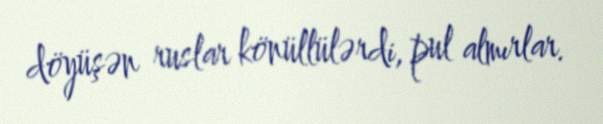
döyüşən ruslar könüllülərdi, pul almırlar.